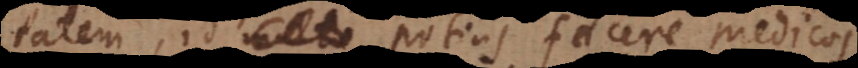
tatem, id potius facere medicos,